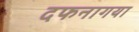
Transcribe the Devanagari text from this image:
दफनागया